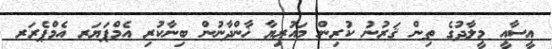
ޢީސާއީ މީލާދުގެ ތިން ޤަރުނު ކުރިން މައުރިޔާ ޚާންދާނުން ބިނާކުރި އެމްޕަޔަރ އެމްޕެރަރ